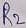
Text: R2